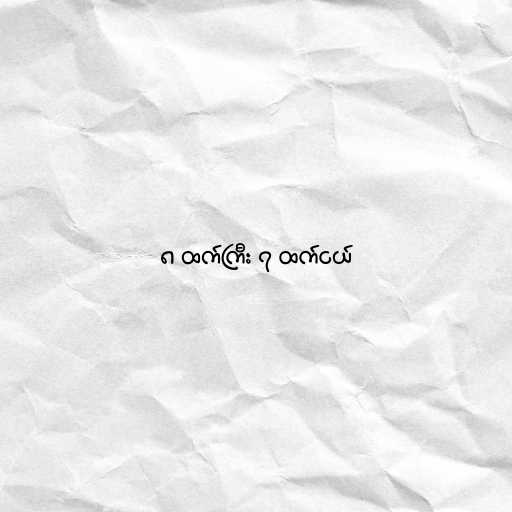
၈ ထက်ကြီး ၇ ထက်ငယ်